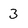
Character: 3